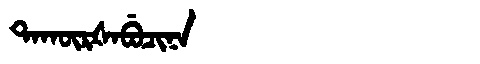
Manchu: ᡨᠠᡴᡡᡵᡧᠠᠪᡠᠴᡳᠨᠠ
Romanization: TAKŪRŠABUCINA